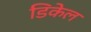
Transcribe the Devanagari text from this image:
डिकेल